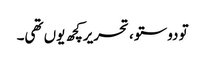
تو دوستو ، تحریرکچھ یوں تھی۔